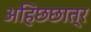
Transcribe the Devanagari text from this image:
अहिछछात्र